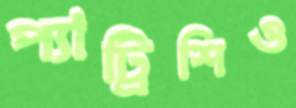
প্যাট্রিশিও